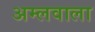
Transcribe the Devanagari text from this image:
अम्लवाला